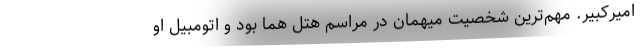
امیر‌کبیر. مهم‌ترین شخصیت میهمان در مراسم هتل هما بود و اتومبیل او